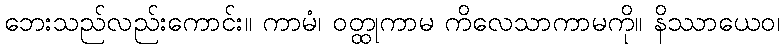
ဘေးသည်လည်းကောင်း။ ကာမံ၊ ဝတ္ထုကာမ ကိလေသာကာမကို။ နိဿာယေဝ၊